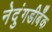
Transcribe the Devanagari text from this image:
नेदुंगडीबँक